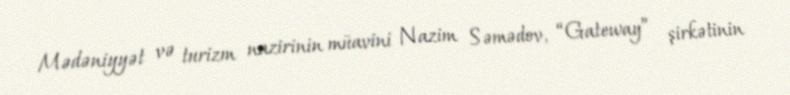
Mədəniyyət və turizm nazirinin müavini Nazim Səmədov, “Gateway” şirkətinin